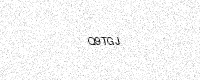
Text: Q9TGJ